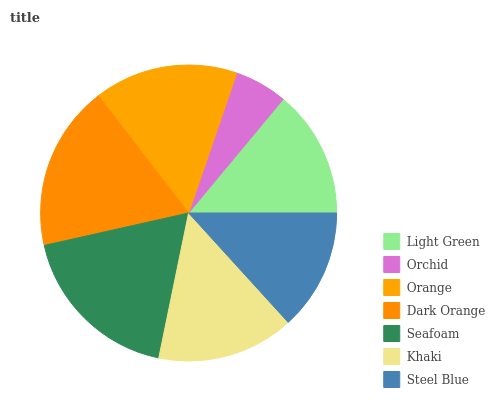
| Light Green | Orchid | Orange | Dark Orange | Seafoam | Khaki | Steel Blue |
 | --- | --- | --- | --- | --- | --- | --- |
 | 13.9% | 5.77% | 15.7% | 18.1% | 18.3% | 15% | 13.2% |